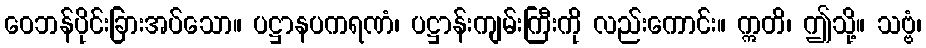
ဝေဘန်ပိုင်းခြားအပ်သော။ ပဋ္ဌာနပကရဏံ၊ ပဋ္ဌာန်းကျမ်းကြီးကို လည်းကောင်း။ ဣတိ၊ ဤသို့။ သဗ္ဗံ၊